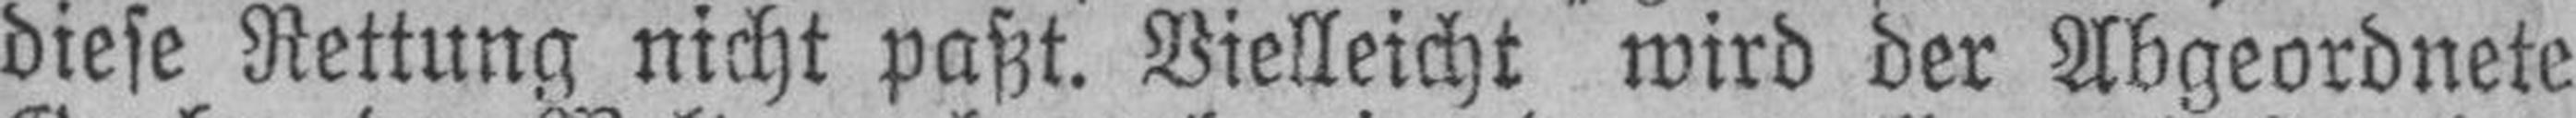
diese Rettung nicht paßt. Vielleicht wird der Abgeordnete